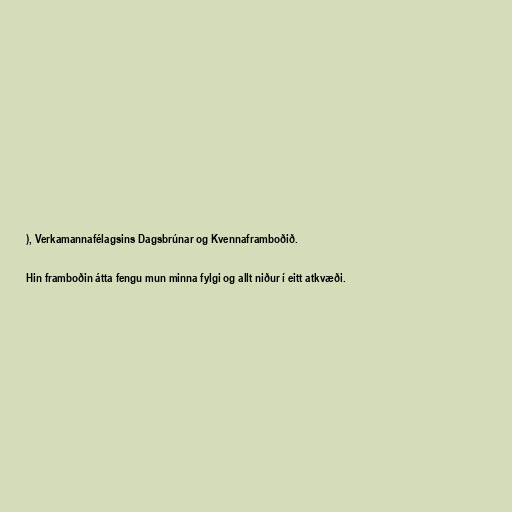
), Verkamannafélagsins Dagsbrúnar og Kvennaframboðið.

Hin framboðin átta fengu mun minna fylgi og allt niður í eitt atkvæði.